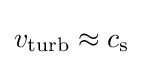
v_{\rm {turb}}\approx c_{\rm {s}}